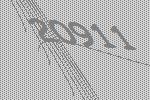
20911